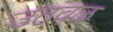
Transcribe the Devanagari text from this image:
उठवळ